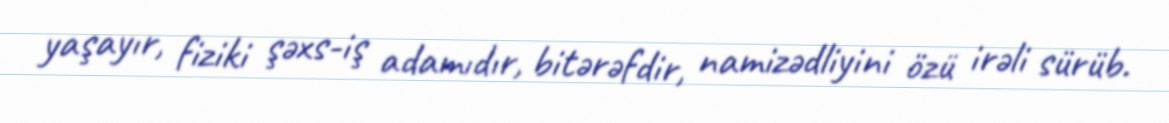
yaşayır, fiziki şəxs-iş adamıdır, bitərəfdir, namizədliyini özü irəli sürüb.